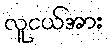
လူငယ်အား